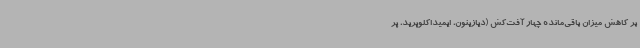
بر کاهش میزان باقی‌مانده چهار آفت‌کش (دیازینون، ایمیداکلوپرید، پر